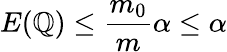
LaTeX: E(\mathbb{Q})\leq{\frac{{m_{0}}}{{m}}}\alpha\leq\alpha